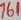
Text: 761